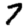
Digit: 7